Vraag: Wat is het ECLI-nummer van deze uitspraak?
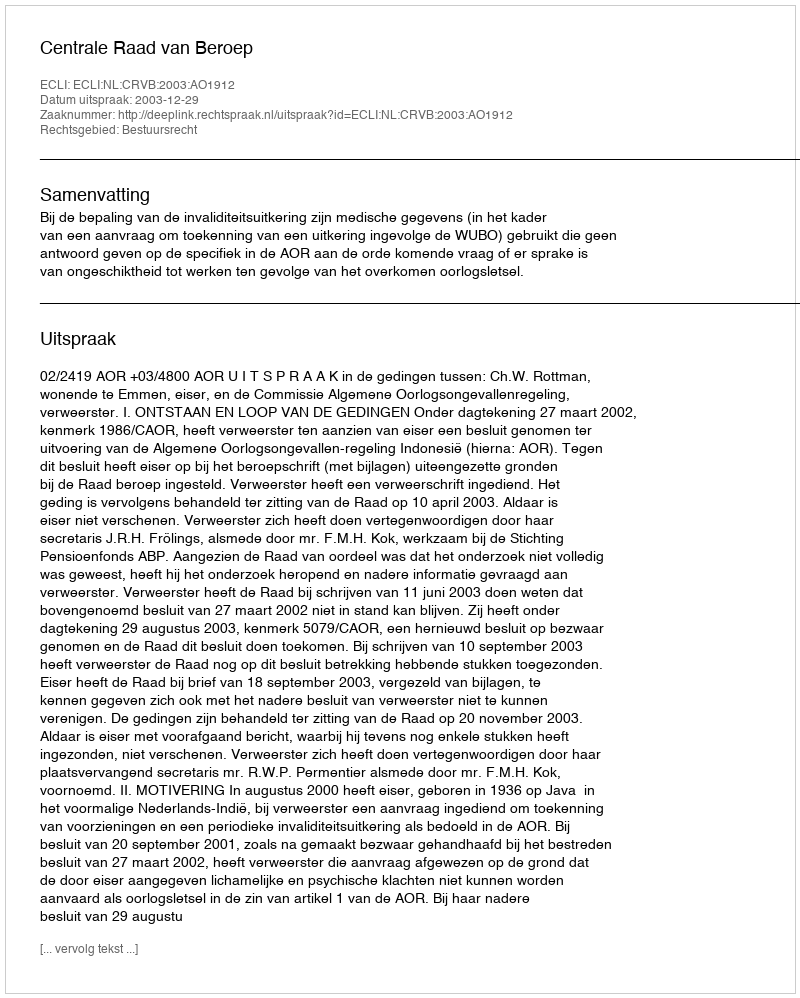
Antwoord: ECLI:NL:CRVB:2003:AO1912